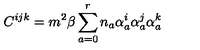
C ^ { i j k } = m ^ { 2 } \beta \sum _ { a = 0 } ^ { r } n _ { a } \alpha _ { a } ^ { i } \alpha _ { a } ^ { j } \alpha _ { a } ^ { k }